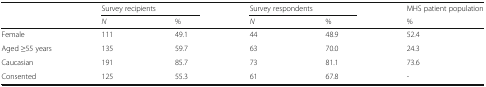
| <ROWSPAN=2>  | <COLSPAN=2> Survey recipients | <COLSPAN=2> Survey respondents | MHS patient population |
 | N | % | N | % | % |
 | --- | --- | --- | --- | --- | --- |
 | Female | 111 | 49.1 | 44 | 48.9 | 52.4 |
 | Aged ≥55 years | 135 | 59.7 | 63 | 70.0 | 24.3 |
 | Caucasian | 191 | 85.7 | 73 | 81.1 | 73.6 |
 | Consented | 125 | 55.3 | 61 | 67.8 | - |